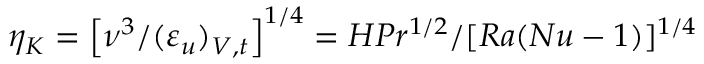
\eta _ { K } = \left[ \nu ^ { 3 } / ( \varepsilon _ { u } ) _ { V , t } \right] ^ { 1 / 4 } = H P r ^ { 1 / 2 } / [ R a ( N u - 1 ) ] ^ { 1 / 4 }